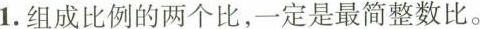
1.组成比例的两个比，一定是最简整数比。